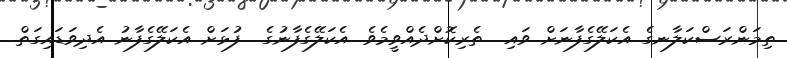
ތިމަންރަސްކަލާނގެ އެކަލޭގެފާނަށް ވައި  ތެރިކޮށްދެއްވީމެވެ. އެކަލޭގެފާނުގެ  ފުޅަށް އެކަލޭގެފާނު އެދިވަޑައިގަތް